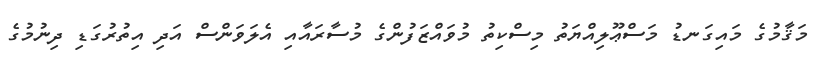
މަޤާމުގެ މައިގަނޑު މަސްޢޫލިއްޔަތު މިސްކިތު މުވައްޒަފުންގެ މުސާރައާއި އެލަވަންސް އަދި އިތުރުގަޑި ދިނުމުގެ